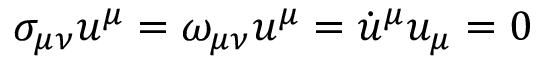
\sigma _ { \mu \nu } u ^ { \mu } = \omega _ { \mu \nu } u ^ { \mu } = \dot { u } ^ { \mu } u _ { \mu } = 0